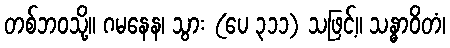
တစ်ဘဝသို့။ ဂမနေန၊ သွား (ပေ ၃၁၁) သဖြင့်။ သန္ဓာဝိတံ၊